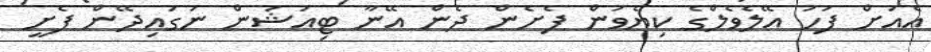
އެއަށް ފަހު އޭލެވެލްގެ ކިޔެވުން ފެށެން ދެން އޭނާ ޓިއުޝަން ނަގައިދޭން ފެށީ